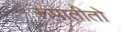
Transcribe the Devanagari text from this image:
रूपातीतो